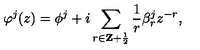
\varphi ^ { j } ( z ) = \phi ^ { j } + i \sum _ { r \in { \bf Z } + { \frac { 1 } { 2 } } } { \frac { 1 } { r } } \beta _ { r } ^ { j } z ^ { - r } ,